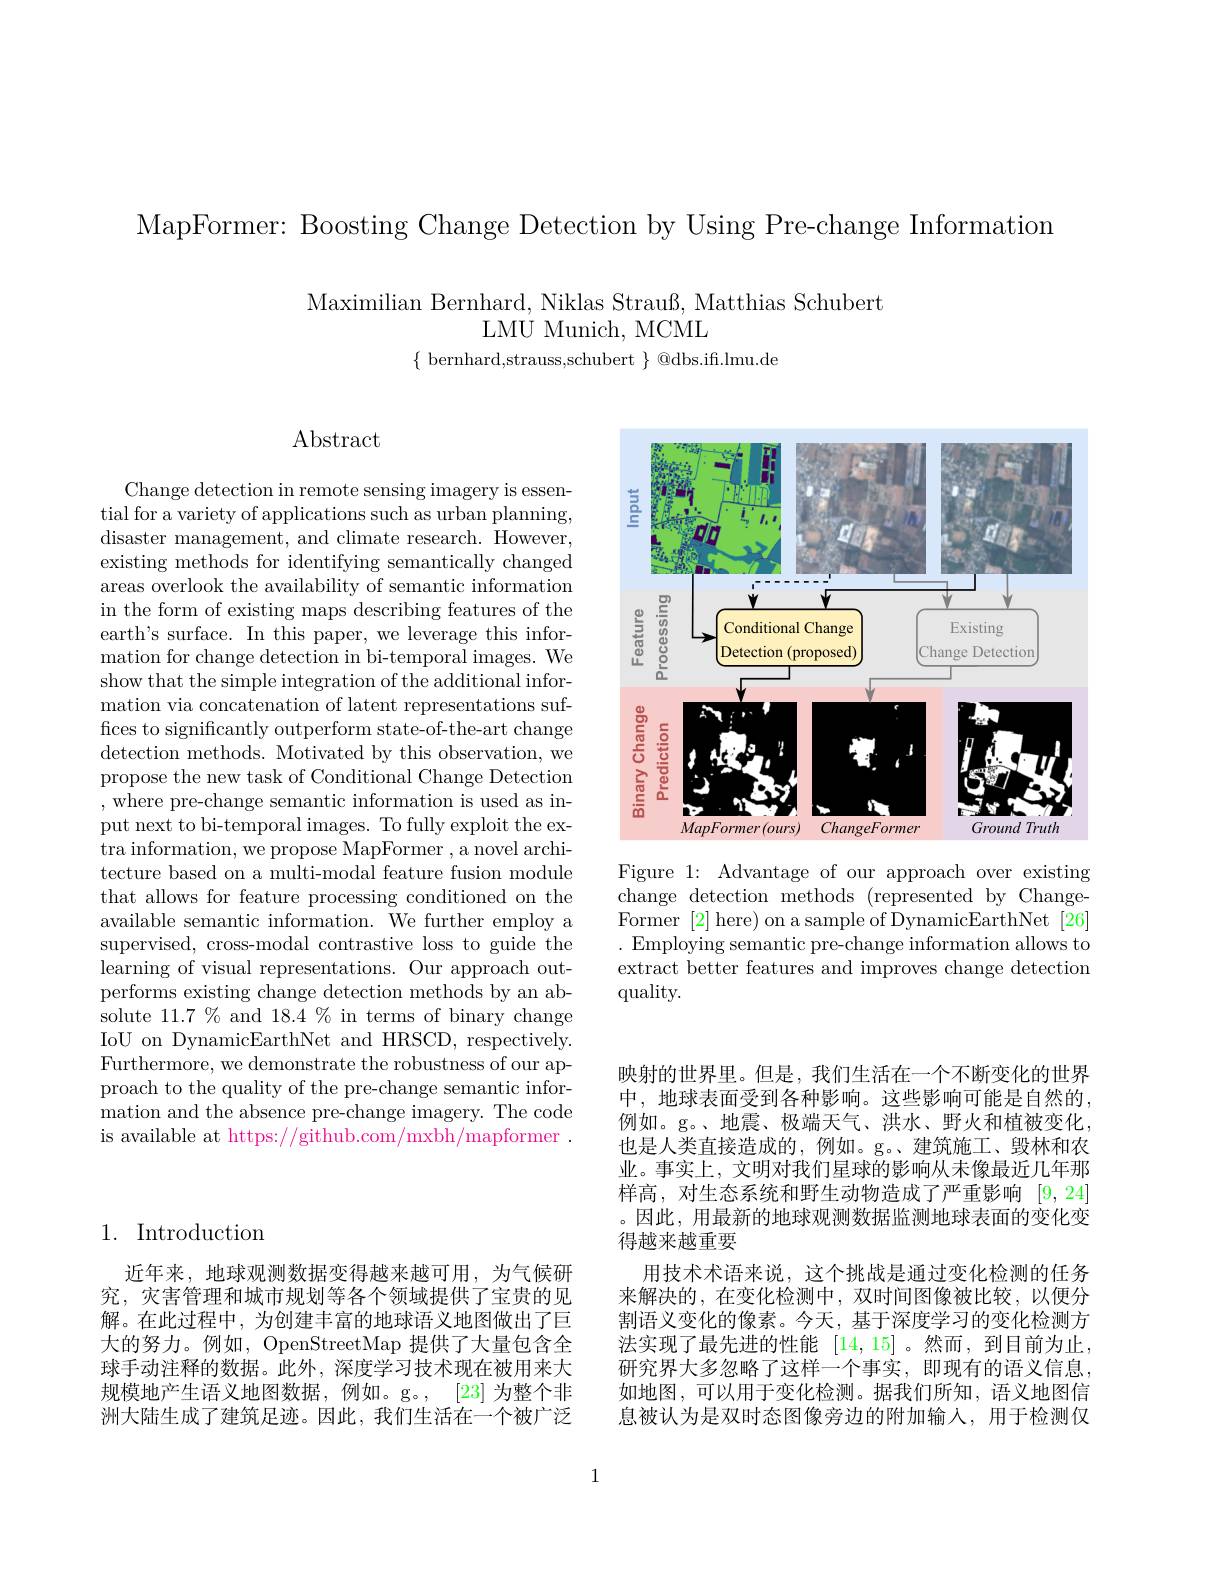
MapFormer: Boosting Change Detection by Using Pre-change Information

Maximilian Bernhard, Niklas Strauß, Matthias Schubert
LMU Munich, MCML
$\{$ bernhard,strauss,schubert $\}$ @dbs.if.lmu.de

# Abstract

Change detection in remote sensing imagery is essential for a variety of applications such as urban planning, disaster management, and climate research. However, existing methods for identifying semantically changed areas overlook the availability of semantic information in the form of existing maps describing features of the earth's surface. In this paper, we leverage this information for change detection in bi-temporal images. We show that the simple integration of the additional information via concatenation of latent representations suffices to significantly outperform state-of-the-art change detection methods. Motivated by this observation, we propose the new task of Conditional Change Detection , where pre-change semantic information is used as input next to bi-temporal images. To fully exploit the extra information, we propose MapFormer , a novel architecture based on a multi-modal feature fusion module that allows for feature processing conditioned on the available semantic information. We further employ a supervised, cross-modal contrastive loss to guide the learning of visual representations. Our approach outperforms existing change detection methods by an absolute 11.7% and $18.\bar{4}\%$ in terms of binary change IoU on DynamicEarthNet and HRSCD, respectively. Furthermore, we demonstrate the robustness of our approach to the quality of the pre-change semantic information and the absence pre-change imagery. The code is available at https://github.com/mxbh/mapformer .

<FigureHere>

Figure 1: Advantage of our approach over existing change detection methods (represented by ChangeFormer [2] here) on a sample of DynamicEarthNet[26] . Employing semantic pre-change information allows to extract better features and improves change detection quality.

## 1. Introduction

近年来，地球观测数据变得越来越可用，为气候研究，灾害管理和城市规划等各个领域提供了宝贵的见解。在此过程中，为创建丰富的地球语义地图做出了巨大的努力。例如，OpenStreetMap 提供了大量包含全球手动注释的数据。此外，深度学习技术现在被用来大规模地产生语义地图数据，例如。g。,[23]为整个非洲大陆生成了建筑足迹。因此，我们生活在一个被广泛

。因此，用最新的地球观测数据监测地球表面的变化变
得越来越重要

映射的世界里。但是，我们生活在一个不断变化的世界中，地球表面受到各种影响。这些影响可能是自然的， 例如。g。、地震、极端天气、洪水、野火和植被变化， 也是人类直接造成的，例如。g。、建筑施工、毁林和农业。事实上，文明对我们星球的影响从未像最近几年那样高，对生态系统和野生动物造成了严重影响[9,24]
用技术术语来说，这个挑战是通过变化检测的任务来解决的，在变化检测中，双时间图像被比较，以便分割语义变化的像素。今天，基于深度学习的变化检测方法实现了最先进的性能[14,15] 。然而 ,到目前为止， 研究界大多忽略了这样一个事实，即现有的语义信息， 如地图，可以用于变化检测。据我们所知，语义地图信息被认为是双时态图像旁边的附加输入，用于检测仅

1